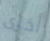
أخرى